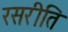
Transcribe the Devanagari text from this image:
रसरीति